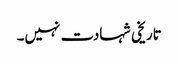
تاریخی شہادت نہیں۔